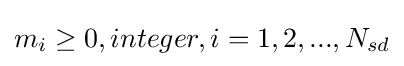
m_{i}\geq 0,integer,i=1,2,...,N_{sd}